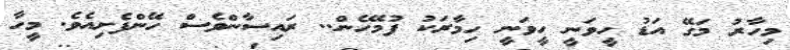
މިހާރު މަގޭ އަޑު ހީވަނީ ހީވަނީ ހިމާރަކު ފުމޭހެން.. ރައިސާންވެސް ހޭންފެށިއެވެ. މީހާ